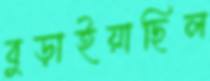
বুড়াইয়াছিল